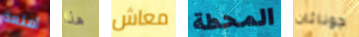
أمتعة هذا معاش المحطة جوناثان